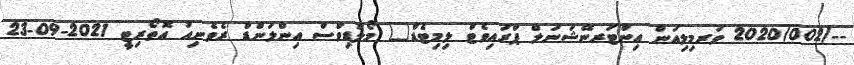
--/2020/002 ވަރމިލިއަން އިންޓަރނޭޝަނަލް ޕްރައިވެޓް ލިމިޓެޑް	 މޯލްޑިވްސް އިންލަންޑް ރެވެނިއު އޮތޯރިޓީ 2021-09-23